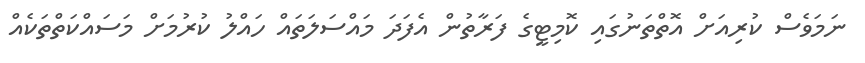
ނަމަވެސް ކުރިއަށް އޮތްތަނުގައި ކޮމިޓީގެ ފަރާތުން އެފަދަ މައްސަލަތައް ހައްލު ކުރުމަށް މަސައްކަތްތަކެއް